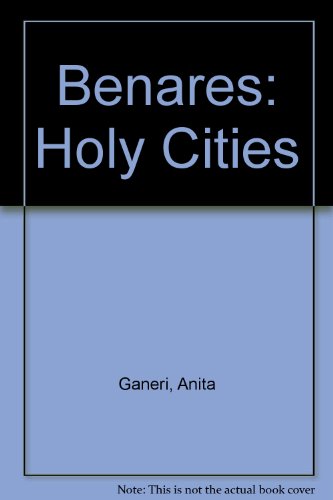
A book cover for Benares (Holy Cities); Anita Ganeri; Teen & Young Adult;